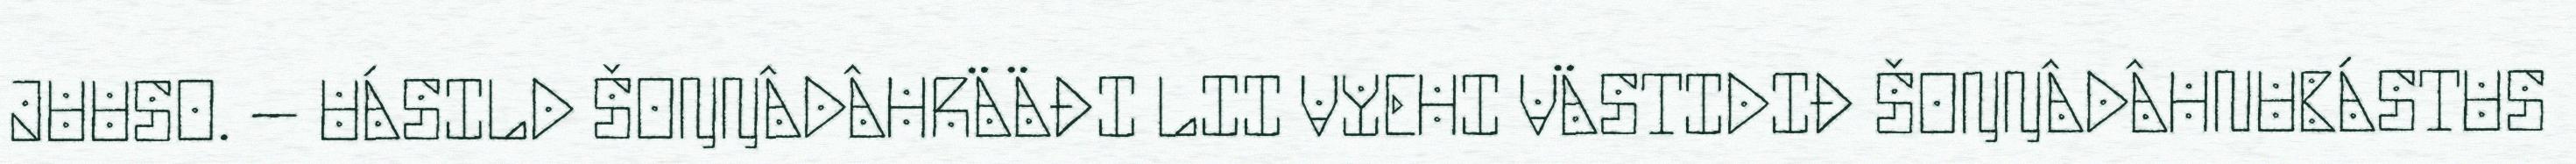
JUUSO. – UÁSILD ŠOŊŊÂDÂHRÄÄĐI LII VYEHI VÄSTIDIĐ ŠOŊŊÂDÂHNUBÁSTUS